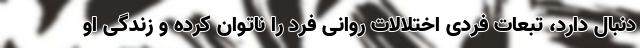
دنبال دارد، تبعات فردی اختلالات روانی فرد را ناتوان کرده و زندگی او